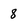
Character: 8